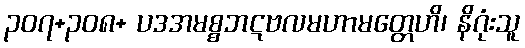
၃၀၇+၃၀၈+ ပဒအမစ္စဘဋဗလမဟာမတ္တေဟိ၊ နိဂုံးသူ